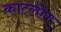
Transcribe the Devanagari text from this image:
कात्लोग